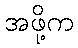
အဖို့က